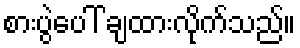
စားပွဲပေါ် ချထားလိုက်သည်။